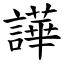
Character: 譁